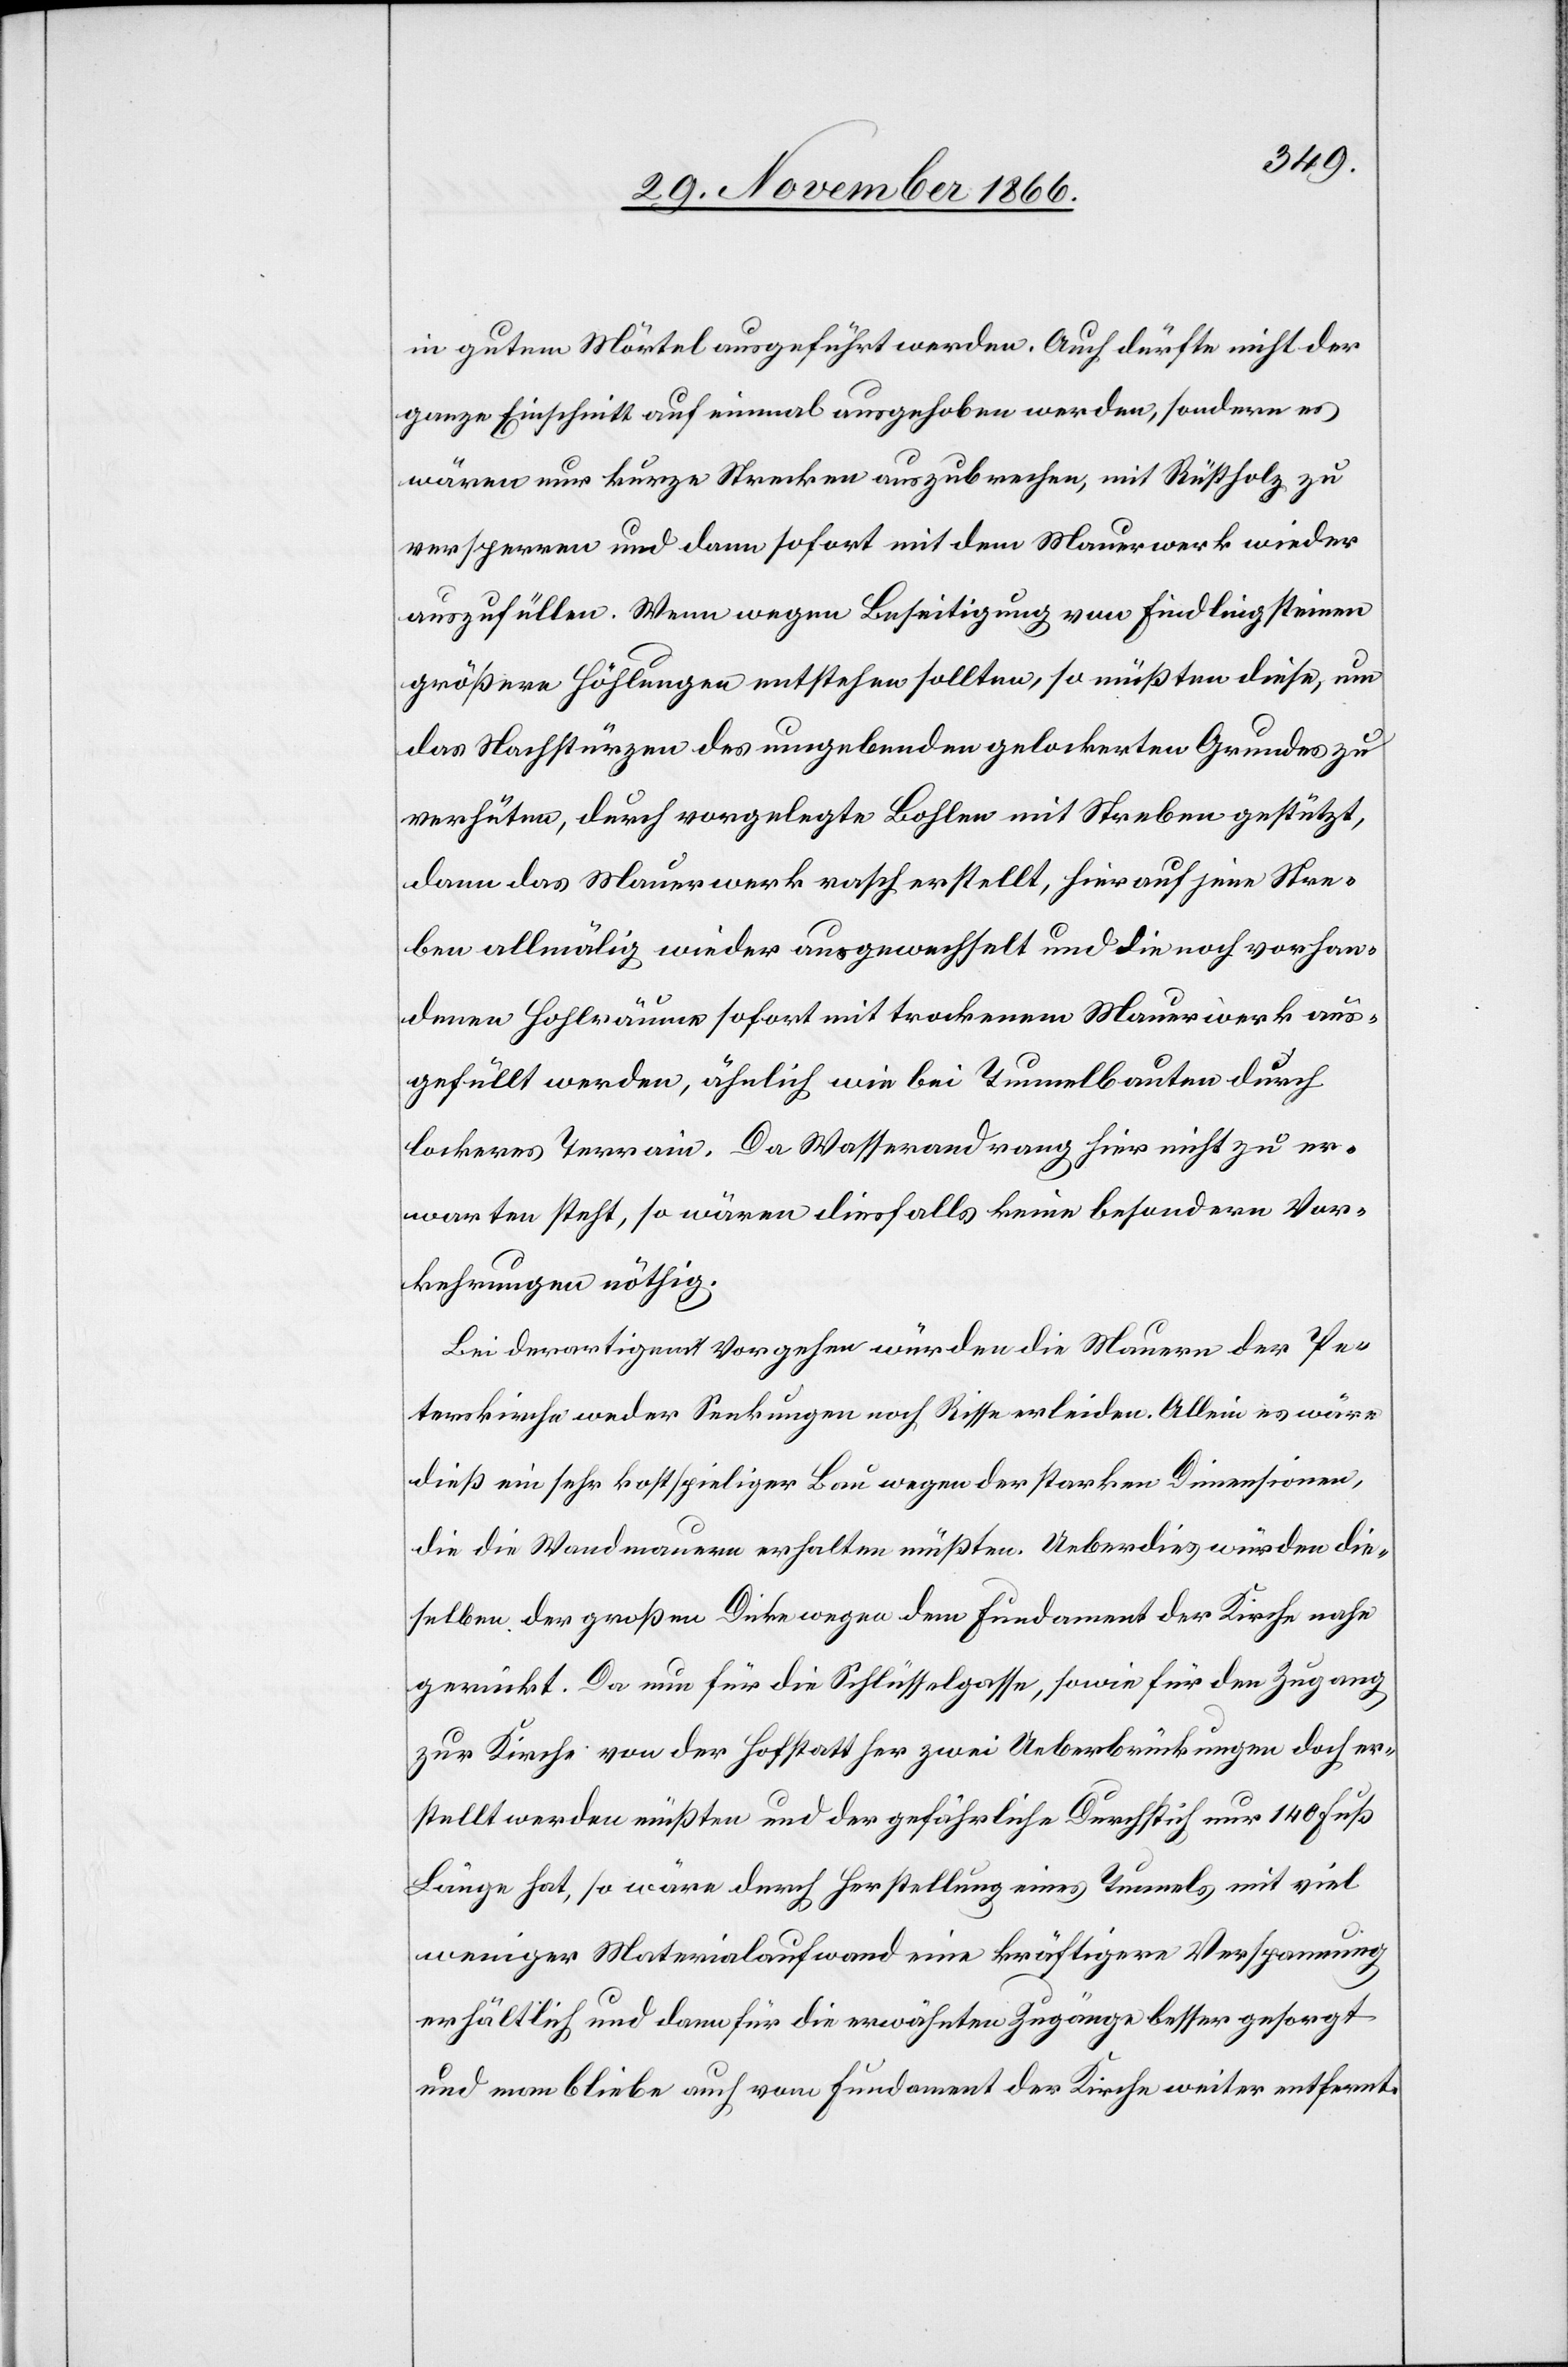
in gutem Mörtel ausgeführt werden. Auch dürfte nicht der
ganze Einschnitt auf einmal ausgehoben werden, sondern es
wären nur kurze Strecken auszubrechen, mit Rüstholz zu
versperren und dann sofort mit dem Mauerwerk wieder
auszufüllen. Wenn wegen Beseitigung von Findlingsteinen
größere Höhlungen entstehen sollten, so müßten diese, um
das Nachstürzen des umgebenden gelockerten Grundes zu
verhüten, durch vorgelegte Bohlen mit Streben gestützt,
dann das Mauerwerk rasch erstellt, hierauf jene Stre¬
ben allmälig wieder ausgewechselt und die noch vorhan¬
denen Hohlräume sofort mit trockenem Mauerwerk aus¬
gefüllt werden, ähnlich wie bei Tunnelbauten durch
lockeres Terrain. Da Wasserandrang hier nicht zu er¬
warten steht, so wären diesfalls keine besondern Vor¬
kehrungen nöthig.
Bei derartigem Vorgehen würden die Mauern der Pe¬
terskirche weder Senkungen noch Risse erleiden. Allein es wäre
dieß ein sehr kostspieliger Bau wegen der starken Dimensionen,
die die Wandmauern erhalten müßten. Ueberdies würden die¬
selben der großen Dicke wegen dem Fundament der Kirche nahe
gerückt. Da nun für die Schlüsselgasse, sowie für den Zugang
zur Kirche von der Hofstatt her zwei Ueberbrückungen doch er¬
stellt werden müßten und der gefährliche Durchstich nur 140 Fuß
Länge hat, so wäre durch Herstellung eines Tunnels mit viel
weniger Materialaufwand eine kräftigere Verspannung
erhältlich und dann für die erwähnten Zugänge besser gesorgt
und man bliebe auch vom Fundament der Kirche weiter entfernt.